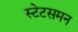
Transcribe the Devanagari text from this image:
स्टेटसमन